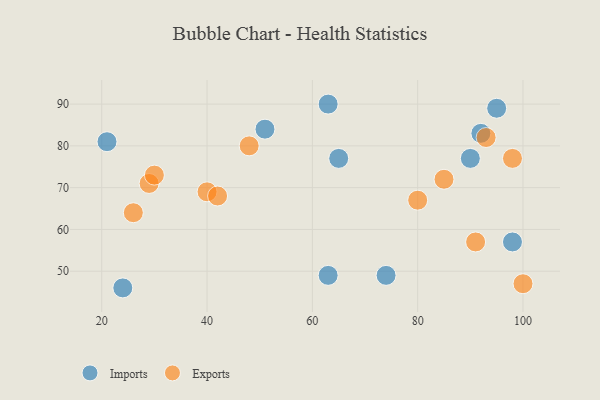
{"axis": {"x": "GDP", "y": "Life Expectancy"}, "legend": ["Exports", "Imports"], "data": [{"x": "90", "y": 77, "type": "Imports"}, {"x": "63", "y": 90, "type": "Imports"}, {"x": "98", "y": 57, "type": "Imports"}, {"x": "21", "y": 81, "type": "Imports"}, {"x": "63", "y": 49, "type": "Imports"}, {"x": "92", "y": 83, "type": "Imports"}, {"x": "65", "y": 77, "type": "Imports"}, {"x": "24", "y": 46, "type": "Imports"}, {"x": "95", "y": 89, "type": "Imports"}, {"x": "74", "y": 49, "type": "Imports"}, {"x": "51", "y": 84, "type": "Imports"}, {"x": "85", "y": 72, "type": "Exports"}, {"x": "29", "y": 71, "type": "Exports"}, {"x": "26", "y": 64, "type": "Exports"}, {"x": "48", "y": 80, "type": "Exports"}, {"x": "80", "y": 67, "type": "Exports"}, {"x": "40", "y": 69, "type": "Exports"}, {"x": "42", "y": 68, "type": "Exports"}, {"x": "98", "y": 77, "type": "Exports"}, {"x": "91", "y": 57, "type": "Exports"}, {"x": "93", "y": 82, "type": "Exports"}, {"x": "100", "y": 47, "type": "Exports"}, {"x": "30", "y": 73, "type": "Exports"}]}